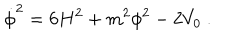
\dot { \phi } ^ { 2 } = 6 H ^ { 2 } + m ^ { 2 } \phi ^ { 2 } - 2 V _ { 0 } \ .